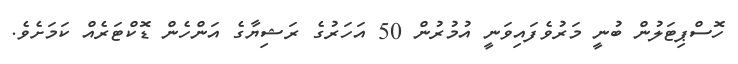
ހޮސްޕިޓަލުން ބުނީ މަރުވެފައިވަނީ އުމުރުން 50 އަހަރުގެ ރަޝިޔާގެ އަންހެން ޑޮކްޓަރެއް ކަަމަށެވެ.